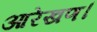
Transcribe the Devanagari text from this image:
आरेखण।